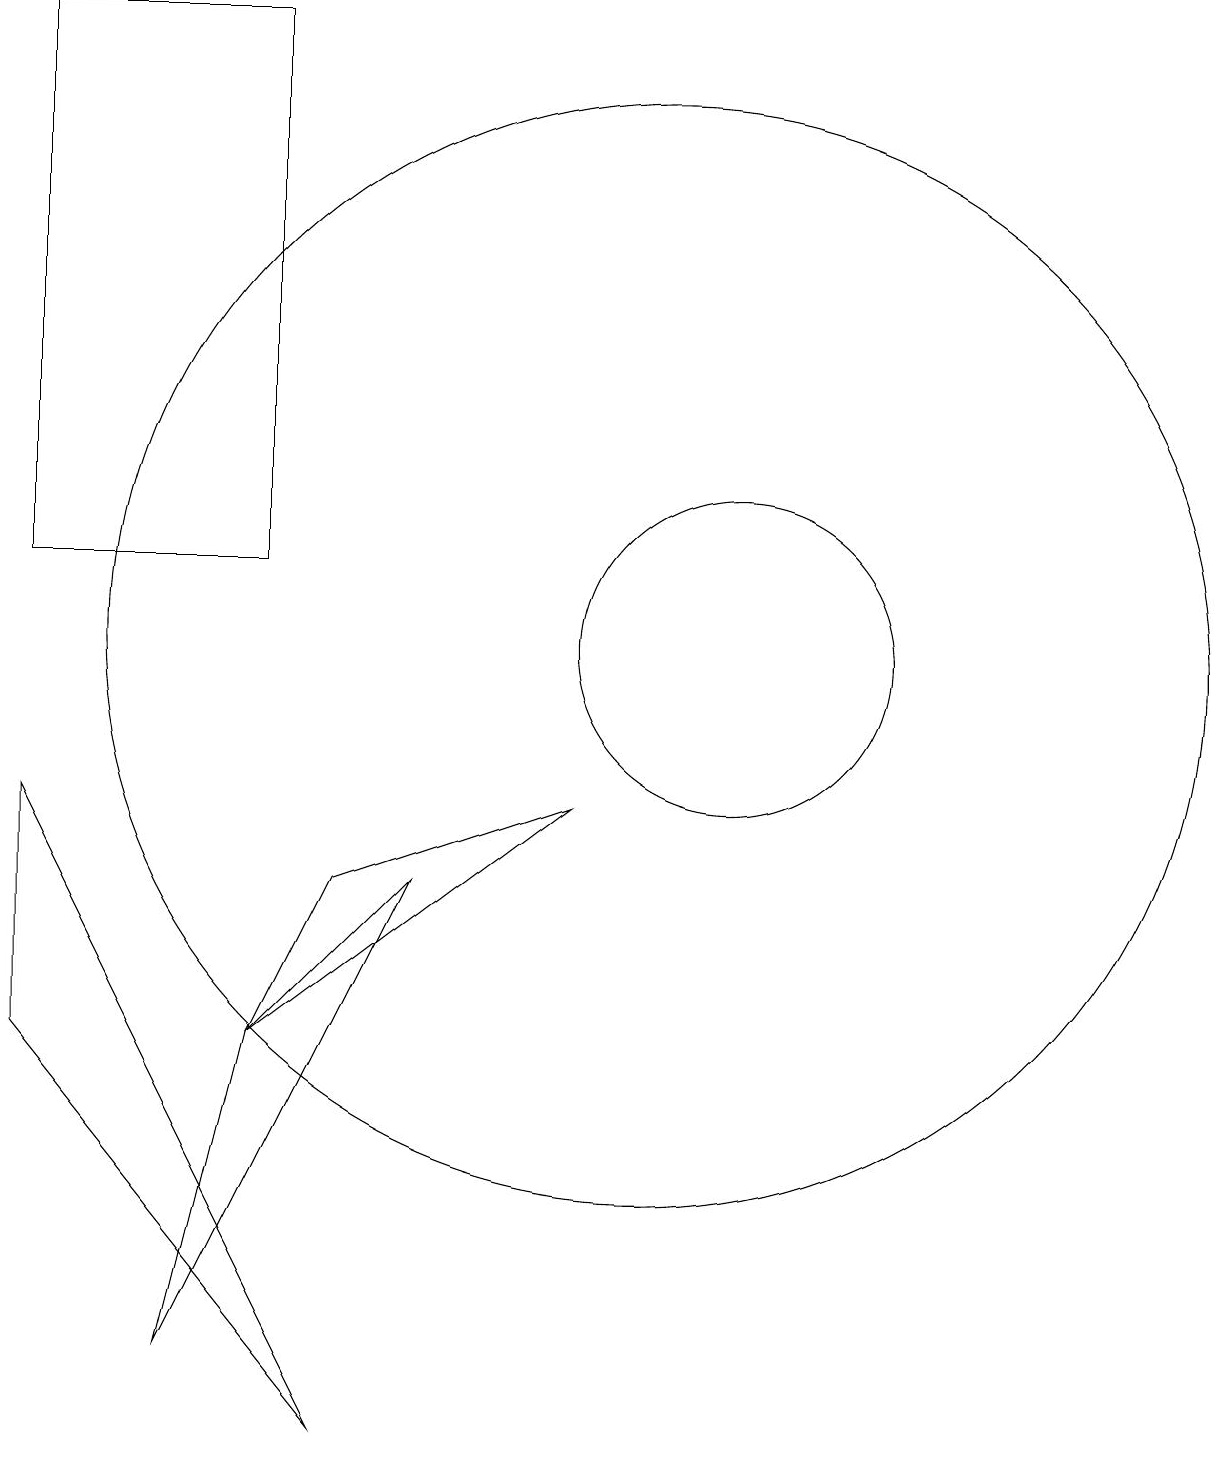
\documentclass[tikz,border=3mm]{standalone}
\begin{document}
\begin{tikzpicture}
\draw (11,11) circle (2);
\draw (2,19) rectangle (5,12);
\draw (10,11) circle (7);
\draw (5,6) -- (9,9) -- (6,8) -- cycle;
\draw (2,9) -- (6,1) -- (2,6) -- cycle;
\draw (5,6) -- (4,2) -- (7,8) -- cycle;
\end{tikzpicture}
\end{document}